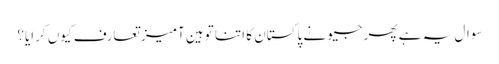
سوال یہ ہے پھر جیو نے پاکستان کا اتنا توہین آمیز تعارف کیوں کرایا؟